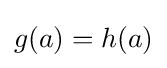
g(a)=h(a)